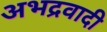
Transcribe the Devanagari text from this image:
अभद्रवादी